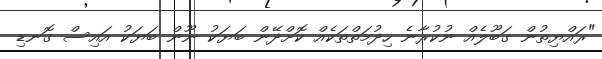
"ރައްޔިތުން ގަބޫލެއް ނުކުރާނެ ހިދުމަތްތަކެއް ކޮށްދޭން ބަޔަކު ނޫން ބަޔަކު އައިސް ގޮނޑި